Vaccine operations Central Provinces & Berar 1922-1929 - 1922-1929
Year: 1922
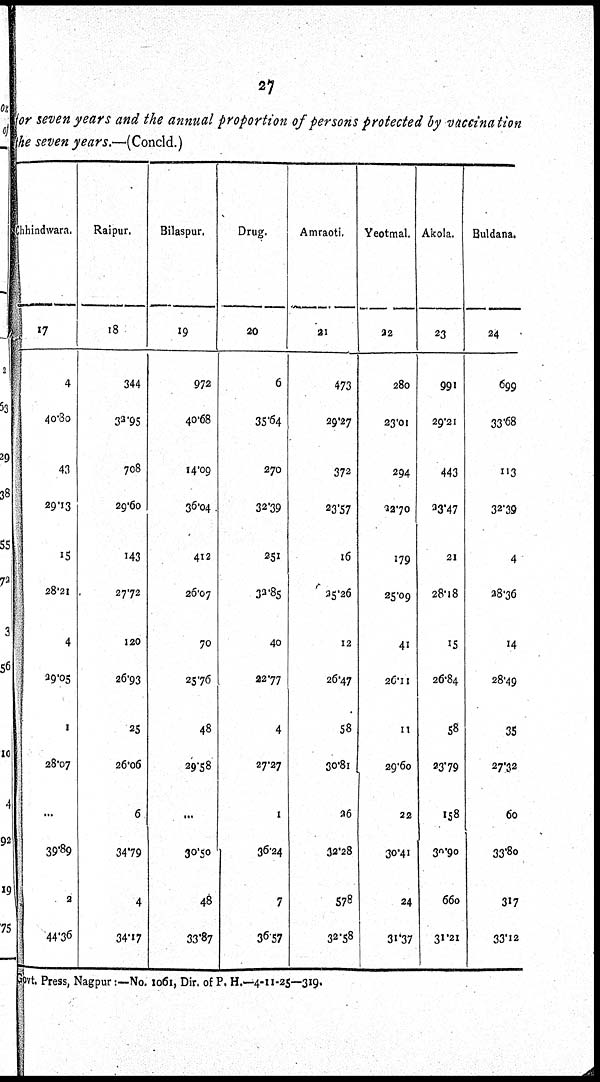
27
for seven years and the annual proportion of persons protected by vaccination
the seven years.—(Concld.)
Chhindwara.
17
4
40.80
43
29.13
15
28.21
4
29.05
1
28.07
...
39.89
2
44.36
Raipur.
18
344
32.95
708
29.60
143
27.72
120
26.93
25
26.06
6
34.79
4
34.17
Bilaspur.
19
972
40.68
14.09
36.04
412
26.07
70
25.76
48
29.58
...
30.50
48
33.87
Drug.
20
6
35.64
270
32.39
251
32.85
40
22.77
4
27.27
1
36.24
7
36.57
Amraoti.
21
473
29.27
372
23.57
16
25.26
12
26.47
58
30.81
26
32.28
578
32.58
Yeotmal.
22
280
23.01
294
22.70
179
25.09
41
26.11
11
29.60
22
30.41
24
31.37
Akola.
23
991
29.21
443
23.47
21
28.18
15
26.84
58
23.79
158
30.90
660
31.21
Buldana.
24
699
33.68
113
32.39
4
28.36
14
28.49
35
27.32
60
33.80
317
33.12
Govt. Press, Nagpur:—No. 1061, Dir. of P. H.—4-11-25—319.